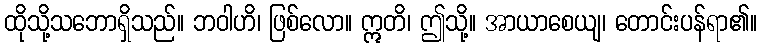
ထိုသို့သဘောရှိသည်။ ဘဝါဟိ၊ ဖြစ်လော။ ဣတိ၊ ဤသို့။ အာယာစေယျ၊ တောင်းပန်ရာ၏။